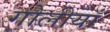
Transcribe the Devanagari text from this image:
गोलीयाँ